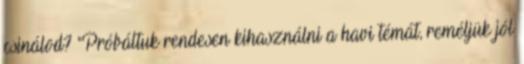
csinálod? "Próbáltuk rendesen kihasználni a havi témát, reméljük jól